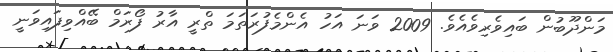
މަންދޫބުން ބައިވެރިވެއެވެ. 2009 ވަނަ އަހު އެންމެފުރަތަމަ ތްރީ އާރު ފޯރަމް ބޭއްވިފައިވަނީ